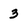
Character: 3